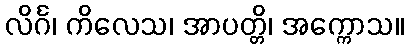
လိင်္ဂ၊ ကိလေသ၊ အာပတ္တိ၊ အက္ကောသ။